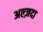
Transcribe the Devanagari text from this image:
अल्ज़दा